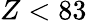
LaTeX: Z<83